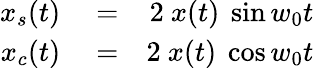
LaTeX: \begin{array}{rlr}{x_{s}(t)}&{{}=}&{2\ x(t)\ \sin{w_{0}t}}\\ {x_{c}(t)}&{{}=}&{2\ x(t)\ \cos{w_{0}t}}\end{array}